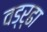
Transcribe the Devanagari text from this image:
वड्र्ढा